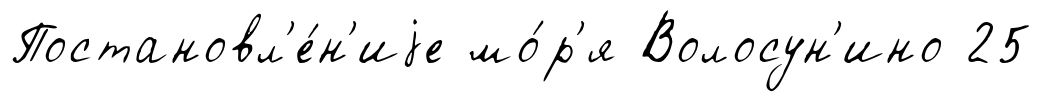
Постановл'е́н'иjе мо́р'я Волосун'ино 25